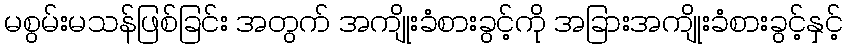
မစွမ်းမသန်ဖြစ်ခြင်း အတွက် အကျိုးခံစားခွင့်ကို အခြားအကျိုးခံစားခွင့်နှင့်